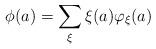
LaTeX: \begin{align*}\phi(a)=\sum_{\xi} \xi(a)\varphi_\xi(a)\end{align*}